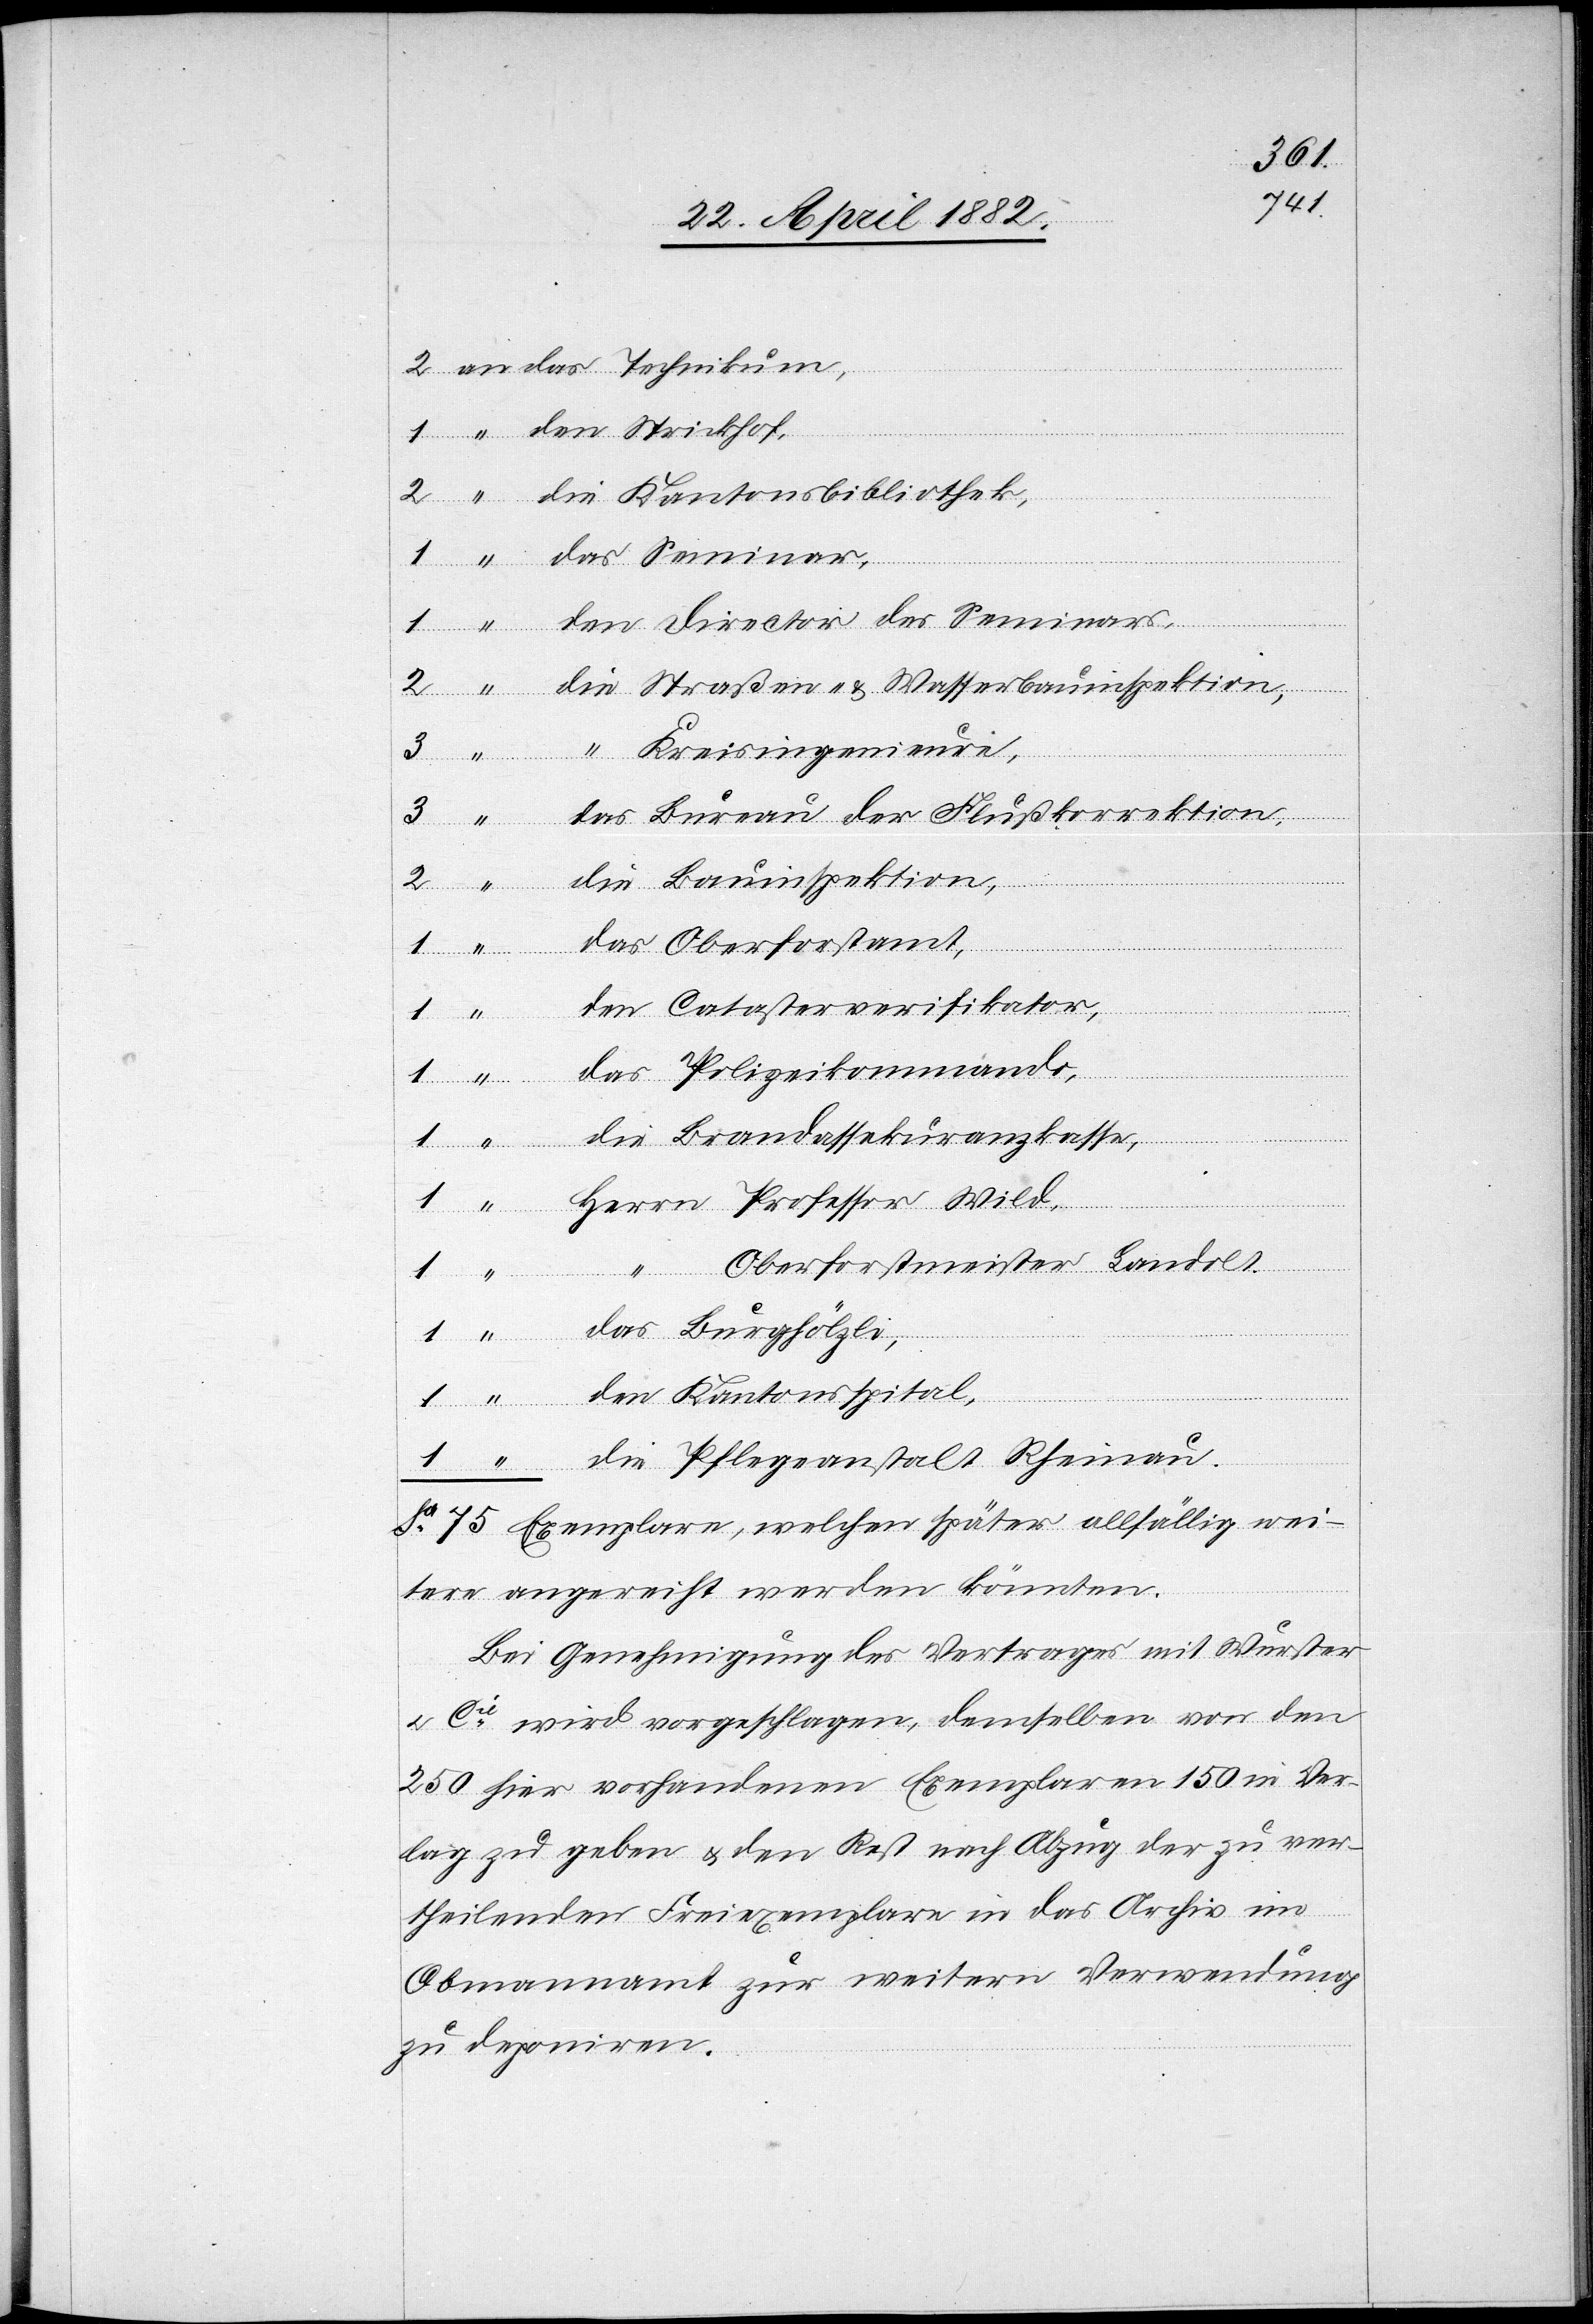
stalt
Bureau der Flußkorrektion,
Polizeikomman¬
Rheinau.
Catasterverifikator,
Brandassekuranzkasse,
Herrn Professor Wild,
tamt,
Oberforstmeister Landolt,
Sa
Kantonsspital,
Exemplare, welche später allfällig wei¬
tere angereiht werden könnten.
Bei Genehmigung des Vertrages mit Wurster
u. Cie wird vorgeschlagen, demselben von den
250 hier vorhandenen Exemplaren 150 in Ver¬
lag zu geben & den Rest nach Abzug der zu ver¬
theilenden Freiexemplare in das Archiv im
Obmannamt zur weitern Verwendung
zu deponiren.